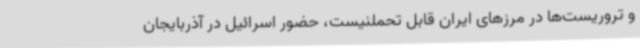
و تروریست‌ها در مرزهای ایران قابل تحملنیست، حضور اسرائیل در آذربایجان